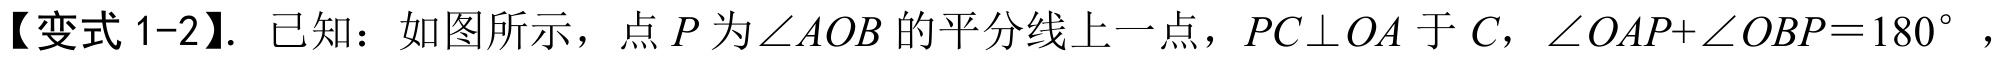
【变式1-2】. 已知：如图所示，点$P$为$\angle AOB$的平分线上一点，$PC\perp OA$于$C$，$\angle OAP + \angle OBP = 180^{\circ }$，